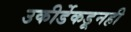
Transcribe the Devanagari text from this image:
उकीर्डेकडूनही